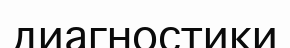
диагностики